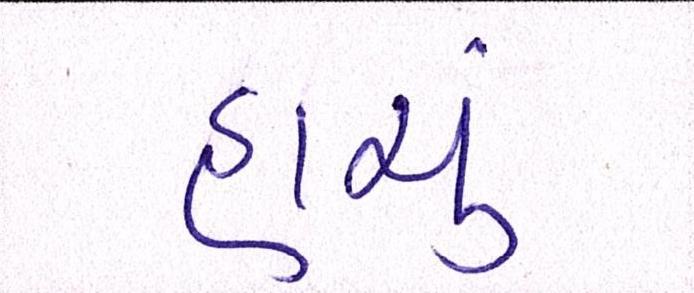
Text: હાચું